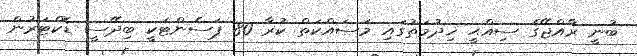
ބުނީ ރާއްޖޭގެ ސިއްޙީ ޚިދުމަތުގައި މަސައްކަތް ކުރާ 80 ޕަސެންޓަކީ ބިދޭސީ ޑޮކްޓަރުން